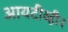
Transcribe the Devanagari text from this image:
आयटीव्ही२